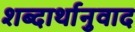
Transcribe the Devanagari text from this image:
शब्दार्थानुवाद